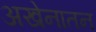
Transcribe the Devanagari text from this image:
अखेनातन